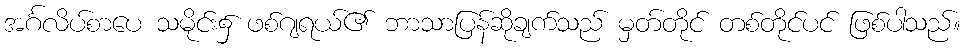
အင်္ဂလိပ်စာပေ သမိုင်း၌ ဖစ်ဂျရယ်၏ ဘာသာပြန်ဆိုချက်သည် မှတ်တိုင် တစ်တိုင်ပင် ဖြစ်ပါသည်။